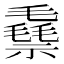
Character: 䄟